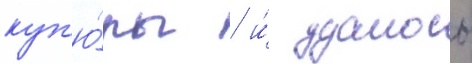
куп'ю́ры / и́ удалось